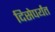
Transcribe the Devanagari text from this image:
दिसेपर्यंत